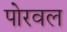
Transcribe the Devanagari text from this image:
पोरवल